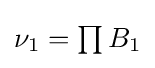
{\textstyle \nu _{1}=\prod B_{1}}